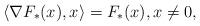
LaTeX: \begin{align*}\langle \nabla F_*(x),x\rangle=F_*(x),x\not=0,\end{align*}